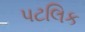
પટલિક